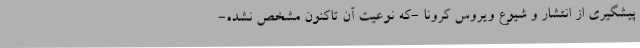
پیشگیری از انتشار و شیوع ویروس کرونا -که نوعیت آن تاکنون مشخص نشده-